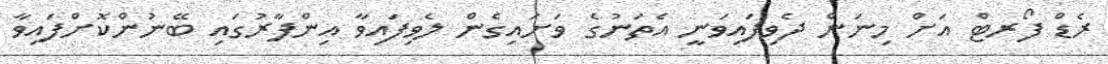
ރެޑް ފޯރޓް އަށް މިނަން ދެވިފައިވަނީ އެތަނުގެ ވަށައިގެން ލެވިފައިވާ އިންފާރުގައި ބޭނުންކޮށްފައިވާ